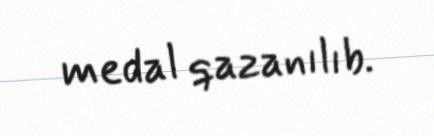
medal qazanılıb.